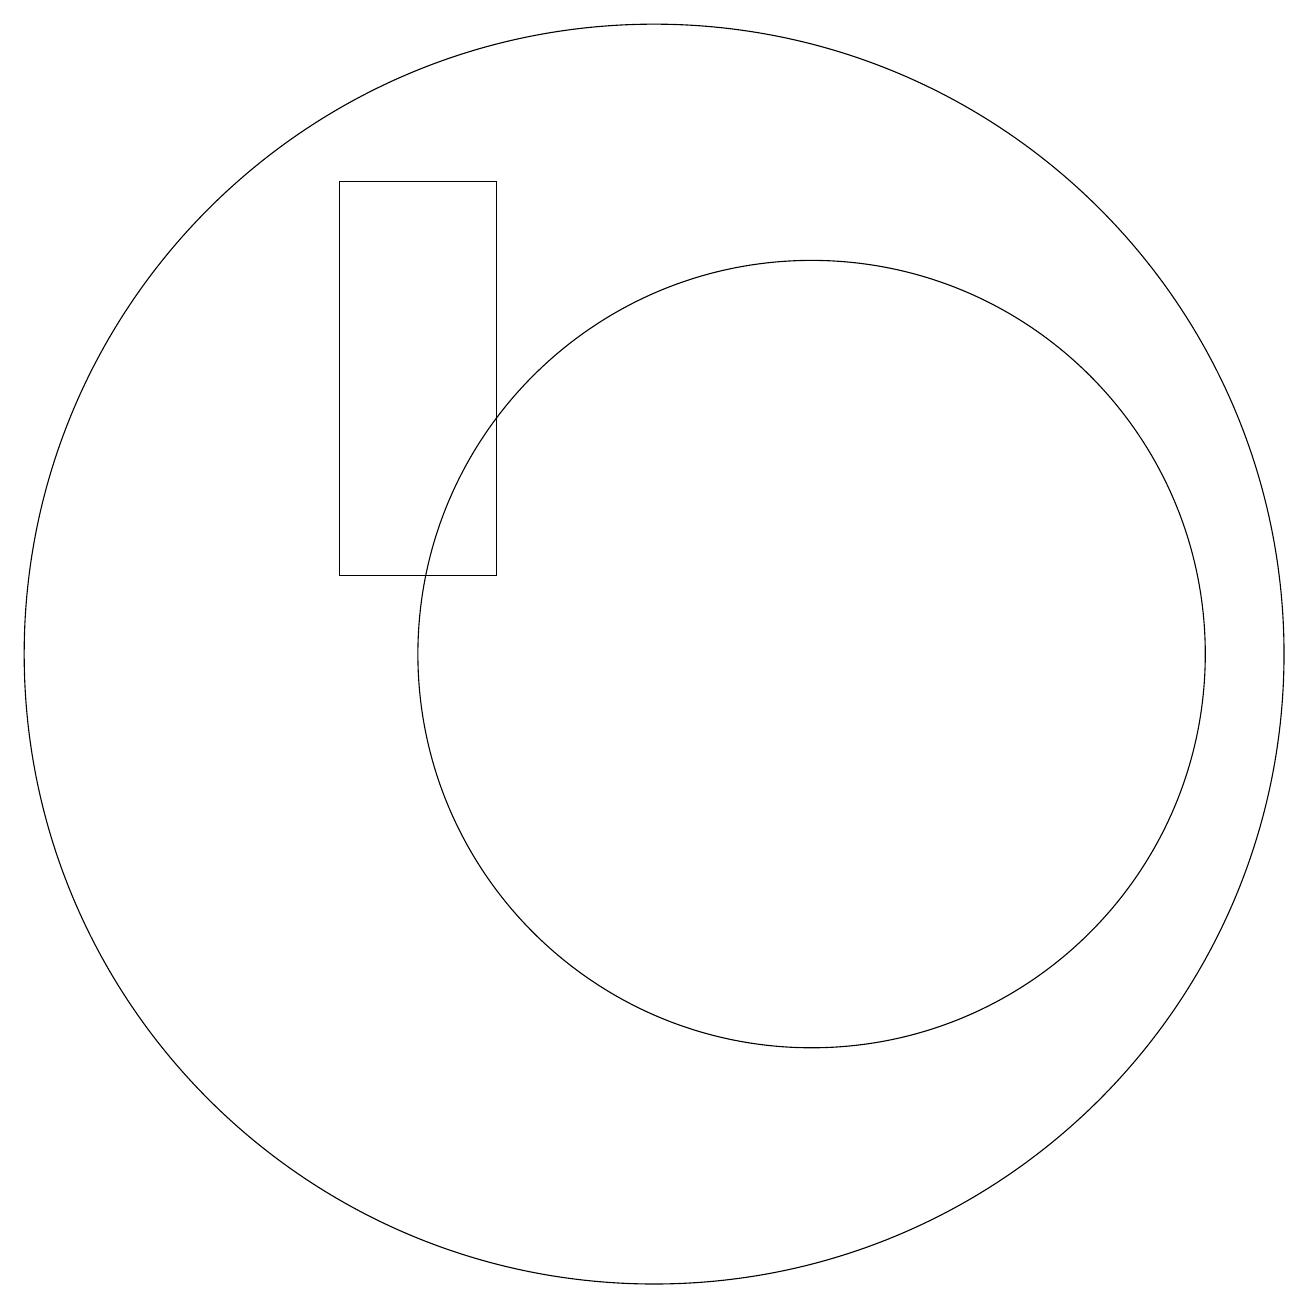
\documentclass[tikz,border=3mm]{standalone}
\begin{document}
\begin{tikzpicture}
\draw (10,11) circle (8);
\draw (12,11) circle (5);
\draw (8,12) rectangle (6,17);
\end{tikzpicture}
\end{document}